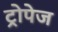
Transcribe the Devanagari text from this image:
ट्रोपेज